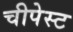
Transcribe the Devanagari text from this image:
चीपेस्ट